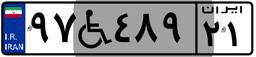
۹۷W۴۸۹۲۱